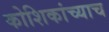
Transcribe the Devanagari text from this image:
कोशिकांच्याच